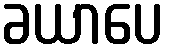
ခယာပေ